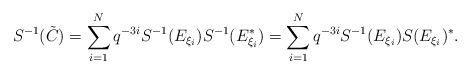
LaTeX: \begin{align*}S^{-1}(\tilde{C}) = \sum_{i = 1}^{N} q^{-3i} S^{-1}(E_{\xi_{i}}) S^{-1}(E_{\xi_{i}}^{*}) = \sum_{i = 1}^{N} q^{-3i} S^{-1}(E_{\xi_{i}}) S(E_{\xi_{i}})^{*}.\end{align*}